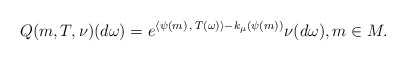
\begin{align*} Q(m,T,\nu)(d\omega)= e^{\langle \psi(m) \,,\, T(\omega)\rangle-k_{\mu}(\psi(m))}\nu(d\omega), m\in M.\end{align*}